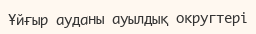
Ұйғыр ауданы ауылдық округтері